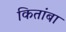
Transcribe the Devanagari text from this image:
कितांबा